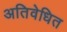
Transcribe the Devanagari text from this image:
अतिवेधित